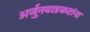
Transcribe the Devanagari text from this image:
अर्जुनवाडकरांना